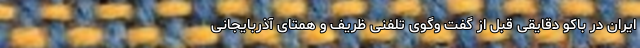
ایران در باکو دقایقی قبل از گفت و‌گوی تلفنی ظریف و همتای آذربایجانی